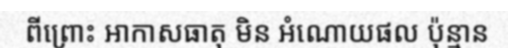
ពីព្រោះ អាកាសធាតុ មិន អំណោយផល ប៉ុន្មាន